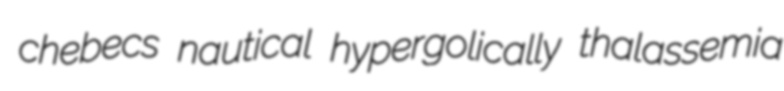
chebecs nautical hypergolically thalassemia